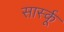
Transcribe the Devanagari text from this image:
सार्स्कू